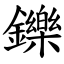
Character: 鑠